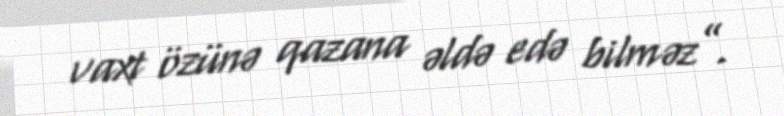
vaxt özünə qazana əldə edə bilməz”.